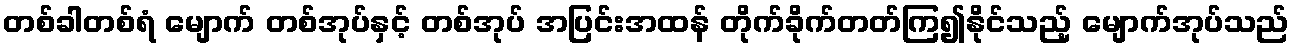
တစ်ခါတစ်ရံ မျောက် တစ်အုပ်နှင့် တစ်အုပ် အပြင်းအထန် တိုက်ခိုက်တတ်ကြ၍နိုင်သည့် မျောက်အုပ်သည်